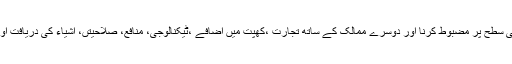
سن روزے صدر چائنا نیشنل ٹیکسٹائل اینڈ اپیریل کونسل کے مطابق چین کی ٹیکسٹائل صعنت عالمی سطح پر مضبوط کرنا اور دوسرے ممالک کے ساتھ تجارت ،کھپت میں اضافے ،ٹیکنالوجی، منافع، صلاحیتں، اشیاء کی دریافت اور ایجاد ٹیکسٹائل صنعت میں جدید سروسز کے آغاز اور نئے طریقے کار کو متعارف کروانا ہوگا ۔